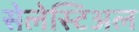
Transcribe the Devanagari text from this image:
सेलेस्टिअल